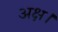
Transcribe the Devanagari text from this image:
अक्ष।